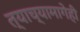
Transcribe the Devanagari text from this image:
त्याच्यामागेही